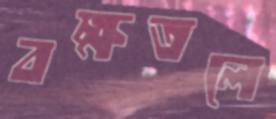
বক্ষতলে